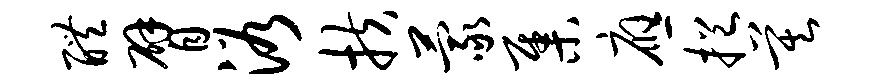
醴臂浴扶蒙集应挹莫